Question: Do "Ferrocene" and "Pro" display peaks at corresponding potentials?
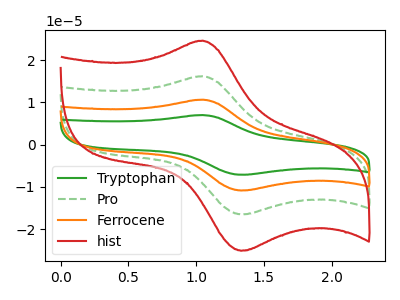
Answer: <think>The green curve "Tryptophan" has an anodic peak at (1.05V, 48.55uA) and a cathodic peak at (1.35V, -49.60uA). The green dashed curve "Pro" has an anodic peak at (1.05V, 16.20uA) and a cathodic peak at (1.35V, -16.55uA). The orange curve "Ferrocene" has an anodic peak at (1.05V, 32.40uA) and a cathodic peak at (1.35V, -33.10uA). The red curve "hist" has an anodic peak at (1.05V, 24.60uA) and a cathodic peak at (1.35V, -25.15uA).</think>
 <answer>Yes, "Ferrocene" have a peak in "Pro" at the same potential.</answer>
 <eval>match</eval>